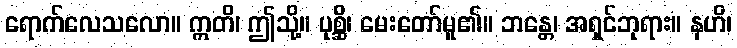
ရောက်လေသလော။ ဣတိ၊ ဤသို့။ ပုစ္ဆိ၊ မေးတော်မူ၏။ ဘန္တေ၊ အရှင်ဘုရား။ နဟိ၊